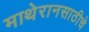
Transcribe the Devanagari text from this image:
माथेरानसाठीचे